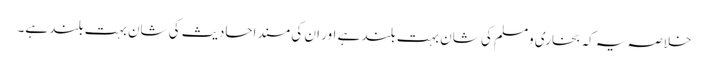
خلاصہ یہ کہ بخاری ومسلم کی شان بہت بلند ہے اور ان کی مسند احادیث کی شان بہت بلند ہے۔